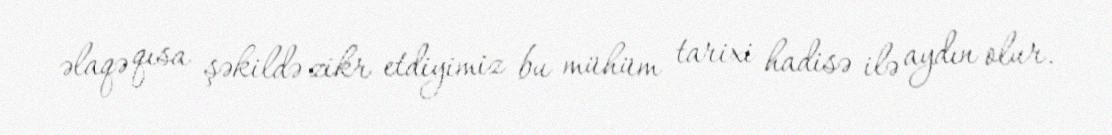
əlaqə qısa şəkildə zikr etdiyimiz bu mühüm tarixi hadisə ilə aydın olur.